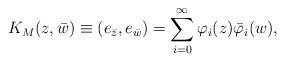
LaTeX: \begin{align*}K_M(z,\bar{w})\equiv (e_{\bar{z}},e_{\bar{w}}) = \sum_{i=0}^{\infty}\varphi_i(z)\bar{\varphi}_i(w), \end{align*}